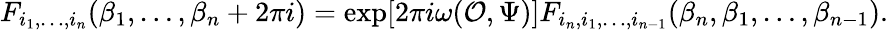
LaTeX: F_{i_{1},\dots,i_{n}}(\beta_{1},\dots,\beta_{n}+2\pi i)=\exp[2\pi i\omega({\cal O},\Psi)]F_{i_{n},i_{1},\dots,i_{n-1}}(\beta_{n},\beta_{1},\dots,\beta_{n-1}).